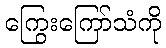
ကြွေးကြော်သံကို